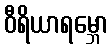
ဝီရိယာရမ္ဘော